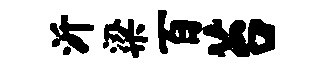
沂梁百苔